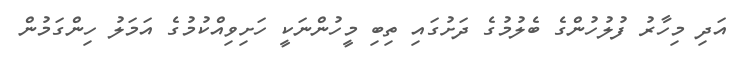
އަދި މިހާރު ފުލުހުންގެ ބެލުމުގެ ދަށުގައި ތިބި މީހުންނަކީ ހަށިވިއްކުމުގެ އަމަލު ހިންގަމުން